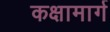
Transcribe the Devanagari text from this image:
कक्षामार्ग